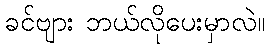
ခင်ဗျား ဘယ်လိုပေးမှာလဲ။